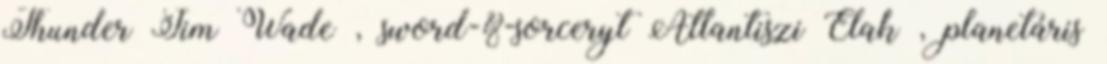
Thunder Jim Wade , sword-&-sorceryt Atlantiszi Elak , planetáris